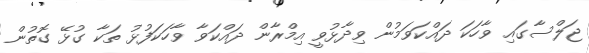
ޖަލްސާގައި ވާހަކަ ދައްކަވަމުން ވިދާޅުވީ އިމްރާން ދައްކަވާ ވާހަކަފުޅު ތަކާ ގުޅޭ ގޮތުން